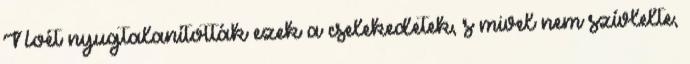
Noét nyugtalanították ezek a cselekedetek, s mivel nem szívlelte,